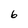
Character: 6